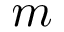
m